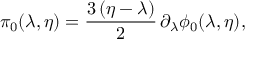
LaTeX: \pi _ { 0 } ( \lambda , \eta ) = { \frac { 3 \, ( \eta - \lambda ) } { 2 } } \, \partial _ { \lambda } \phi _ { 0 } ( \lambda , \eta ) ,